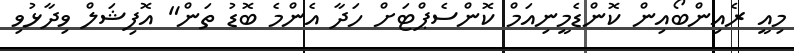
މިއީ ރެއިންބޯއިން ކޮންޑެމީނިއަމް ކޮންސެޕްޓަށް ހަދާ އެންމެ ބޮޑު ތަން" އޮފިޝަލް ވިދާޅުވި